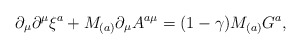
\begin{align*}\partial_{\mu}\partial^{\mu}\xi^{a}+M_{(a)}\partial_{\mu}A^{a\mu} =(1-\gamma)M_{(a)}G^{a}, \end{align*}